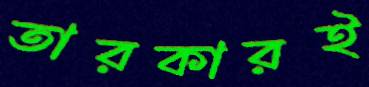
তারকারই